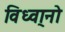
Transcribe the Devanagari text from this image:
विध्वा्नो